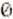
0